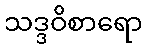
သဒ္ဒဝိစာရော